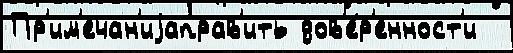
Пр'им'ечан'иjаправ'ить дов'е́р'енност'и